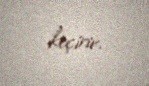
keçirir.